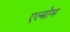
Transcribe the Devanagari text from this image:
एल्बोम